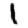
Digit: 1